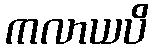
ကလာယပိ